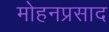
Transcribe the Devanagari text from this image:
मोहनप्रसाद